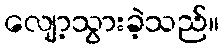
လျော့သွားခဲ့သည်။